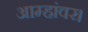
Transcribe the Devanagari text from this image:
आम्हांवर।